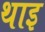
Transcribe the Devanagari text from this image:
थाइ